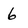
Character: 6